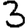
Digit: 3